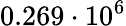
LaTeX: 0.269\cdot 10^{6}